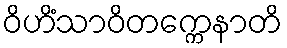
ဝိဟိံသာဝိတက္ကေနာတိ